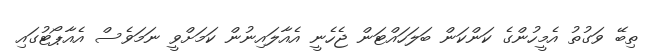
ތިބޭ ވަގުތު އެމީހުންގެ ކަންކަން ބަލަހައްޓަން ޖެހެނީ އެއާލައިނުން ކަމަށްވީ ނަމަވެސް އެއާޕޯޓުގައި